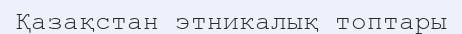
Қазақстан этникалық топтары